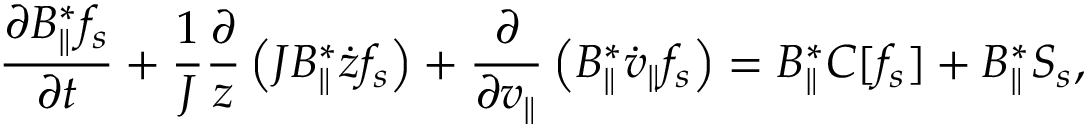
\frac { \partial B _ { \parallel } ^ { * } f _ { s } } { \partial t } + \frac { 1 } { J } \frac { \partial } { z } \left( J B _ { \parallel } ^ { * } \dot { z } f _ { s } \right) + \frac { \partial } { \partial v _ { \parallel } } \left( B _ { \parallel } ^ { * } \dot { v } _ { \parallel } f _ { s } \right) = B _ { \parallel } ^ { * } C [ f _ { s } ] + B _ { \parallel } ^ { * } S _ { s } ,